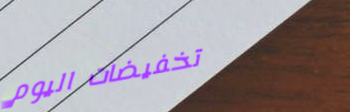
تخفيضات اليوم